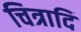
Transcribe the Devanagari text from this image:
चित्रादि